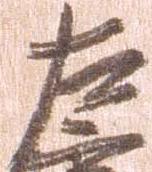
左